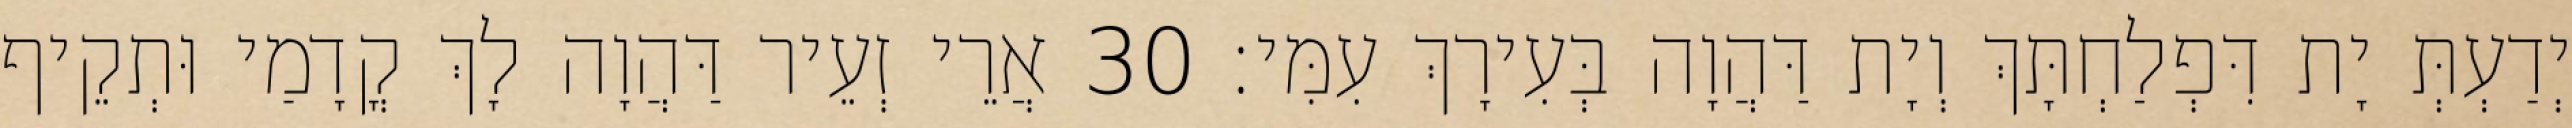
יְדַעְתְּ יָת דִּפְלַחְתָּךְ וְיָת דַּהֲוָה בְּעִירָךְ עִמִּי׃ 30 אֲרֵי זְעֵיר דַּהֲוָה לָךְ קֳדָמַי וּתְקֵיף